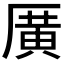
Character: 𪠓